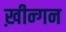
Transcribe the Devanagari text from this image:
ख़ीन्गन